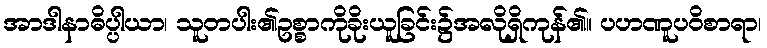
အာဒါနာဓိပ္ပါယာ၊ သူတပါး၏ဥစ္စာကိုခိုးယူခြင်း၌အလိုရှိကုန်၏။ ပဟဏူပဝိစာရာ၊